Civil Veterinary Dept. Bombay admin report 1893-99 - 1893-1899
Year: 1893
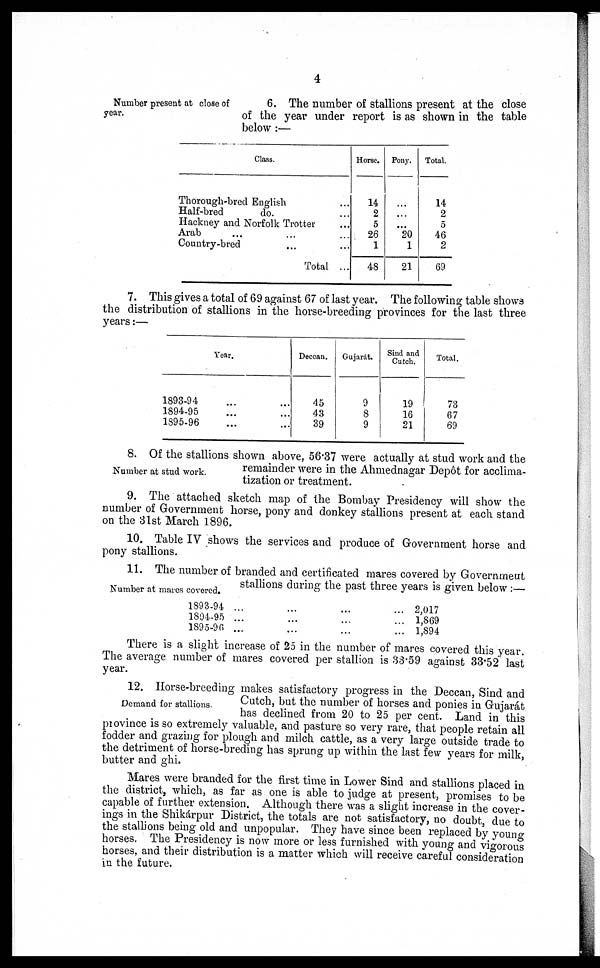
4
Number present at close of
year.
6. The number of stallions present at the close
of the year under report is as shown in the table
below :—
Class.
Thorough-bred English …
Half-bred
do. …
Hackney and Norfolk Trotter …
Arab … … …
Country-bred … …
Total ...
Horse.
14
2
5
26
1
48
Pony.
…
…
...
20
1
21
Total.
14
2
5
46
2
69
7. This gives a total of 69 against 67 of last year. The following table shows
the distribution of stallions in the horse-breeding provinces for the last three
years :—
1893-94
1894-95
1895-96
Year.
…
…
...
…
…
...
Deccan.
45
43
39
Gujar.1t.
9
8
9
Sind and
Cutch.
19
16
21
Total.
73
67
69
Number at stud work.
8. Of the stallions shown above, 56.37 were actually at stud work and the
remainder were in the Ahmednagar Depôt for acclima-
tization or treatment.
9. The attached sketch map of the Bombay Presidency will show the
number of Government horse, pony and donkey stallions present at each stand
on the 31st March 1896.
10. Table IV shows the services and produce of Government horse and
pony stallions.
Number at mares covered.
11. The number of branded and certificated mares covered by Government
stallions during the past three years is given below :—
1893-94
1894-95
1895-96
…
...
…
...
...
...
…
...
…
....
…
…
2,017
1,869
1,894
There is a slight increase of 25 in the number of mares covered this year.
The average number of mares covered per stallion is 33.59 against 33.52 last
year.
Demand for stallions.
12. Horse-breeding makes satisfactory progress in the Deccan, Sind and
Cutch, but the number of horses and ponies in Gujarat
has declined from 20 to 25 per cent. Land in this
province is so extremely valuable, and pasture so very rare, that people retain all
fodder and grazing for plough and milch cattle, as a very large outside trade to
the detriment of horse-breding has sprung up within the last few years for milk,
butter and ghi.
Mares were branded for the first time in Lower Sind and stallions placed in
the district, which, as far as one is able to judge at present, promises to be
capable of further extension. Although there was a slight increase in the cover-
ings in the Shikárpur District, the totals are not satisfactory, no doubt, due to
the stallions being old and unpopular. They have since been replaced by young
horses. The Presidency is now more or less furnished with young and vigorous
horses, and their distribution is a matter which will receive careful consideration
in the future.